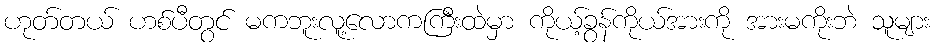
ဟုတ်တယ် ဟစ်ပီတွင် မကဘူးလူ့လောကကြီးထဲမှာ ကိုယ့်ခွန်ကိုယ်အားကို အားမကိုးဘဲ သူများ